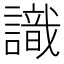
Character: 識